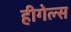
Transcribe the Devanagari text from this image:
हीगेल्स